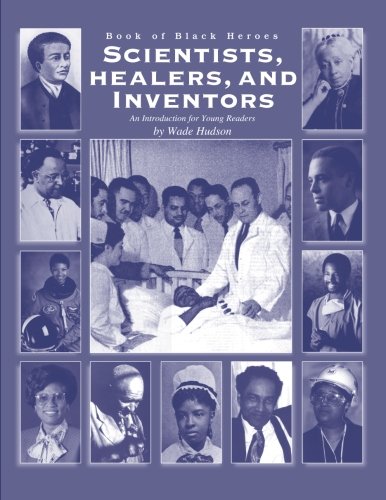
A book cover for Book of Black Heroes: Scientists, Healers, and Inventors (Volume 3); Mr. Wade Hudson; Children's Books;